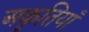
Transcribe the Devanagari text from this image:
अकृतियाँ